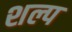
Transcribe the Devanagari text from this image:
शल्प